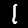
Digit: 1